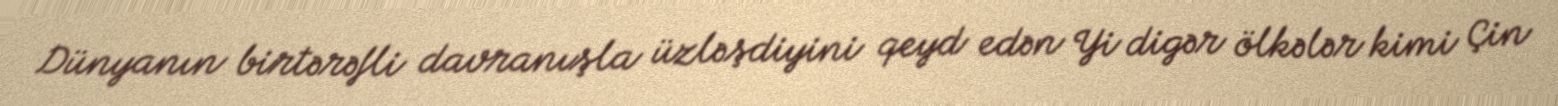
Dünyanın birtərəfli davranışla üzləşdiyini qeyd edən Yi digər ölkələr kimi Çin